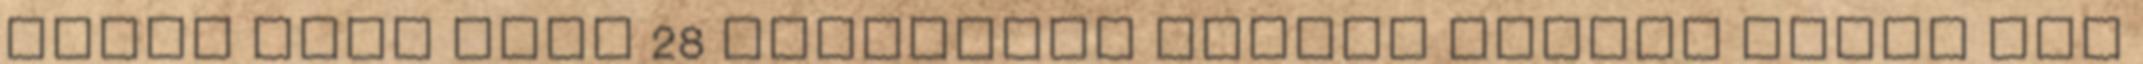
mivel több mint 28 kilométer hosszú sífutó pálya áll